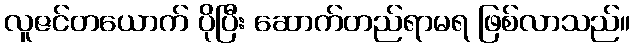
လူဇင်တယောက် ပိုပြီး ဆောက်တည်ရာမရ ဖြစ်လာသည်။